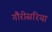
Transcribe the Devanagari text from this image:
गौरीसरिया